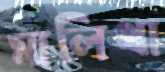
মালিথা